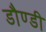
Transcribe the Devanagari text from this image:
डौण्डी